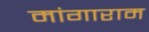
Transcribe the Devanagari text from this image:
मांगाराम